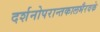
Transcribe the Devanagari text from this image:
दर्शनोपरान्तकालभैरवके